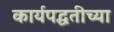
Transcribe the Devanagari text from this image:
कार्यपद्धतीच्या